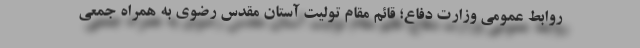
روابط عمومی وزارت دفاع؛ قائم مقام تولیت آستان مقدس رضوی به همراه جمعی